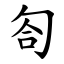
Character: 匌